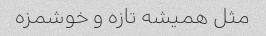
مثل همیشه تازه و خوشمزه